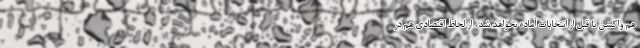
هم واکسن تا قبل از انتخابات آماده نخواهد شد، از لحاظ اقتصادی هم در